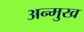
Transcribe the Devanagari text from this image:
अन्मुख